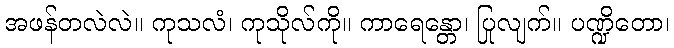
အဖန်တလဲလဲ။ ကုသလံ၊ ကုသိုလ်ကို။ ကာရေန္တော၊ ပြုလျက်။ ပဏ္ဍိတော၊